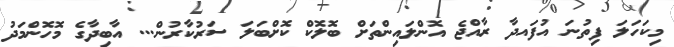
މިކަހަލަ ފިތުނަ އުފައދާ ރާއްޖެ އޮންލައިންތަށް ބޮލޮކް ކޮށްބަލަ ސަރުކާރުން... އާބިދާގެ މޮހޮންމަދު